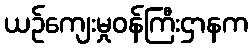
ယဉ်ကျေးမှုဝန်ကြီးဌာနက